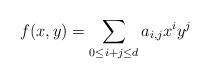
LaTeX: \begin{align*}f(x, y) = \sum_{0 \leq i + j \leq d} a_{i,j}x^iy^j\end{align*}